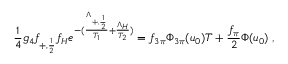
{ \frac { 1 } { 4 } } g _ { 4 } f _ { + , { \frac { 1 } { 2 } } } f _ { H } e ^ { - ( { \frac { \Lambda _ { + , { \frac { 1 } { 2 } } } } { T _ { 1 } } } + { \frac { \Lambda _ { H } } { T _ { 2 } } } ) } = f _ { 3 \pi } \Phi _ { 3 \pi } ( u _ { 0 } ) T + { \frac { f _ { \pi } } { 2 } } \Phi ( u _ { 0 } ) \; ,